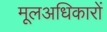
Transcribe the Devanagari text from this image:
मूलअधिकारों